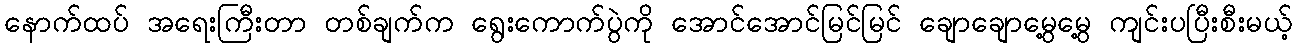
နောက်ထပ် အရေးကြီးတာ တစ်ချက်က ရွေးကောက်ပွဲကို အောင်အောင်မြင်မြင် ချောချောမွေ့မွေ့ ကျင်းပပြီးစီးမယ့်